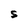
Character: S